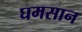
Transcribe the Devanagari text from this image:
घमसान